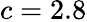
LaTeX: c=2.8